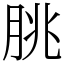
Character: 朓